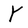
Character: Y